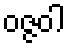
ဝဇ္ဇဝါ